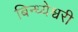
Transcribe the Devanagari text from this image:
बिन्ध्येश्वरी